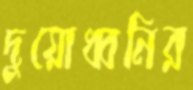
দুয়োধ্বনির